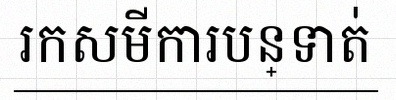
រកសមីការបន្ទាត់